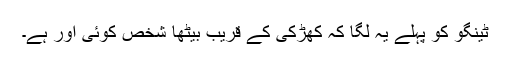
ٹینگو کو پہلے یہ لگا کہ کھڑکی کے قریب بیٹھا شخص کوئی اور ہے۔